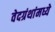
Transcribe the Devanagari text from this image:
वेदग्रंथांमध्ये